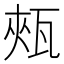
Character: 㼪